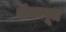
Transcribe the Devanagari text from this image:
शंकपूत